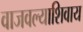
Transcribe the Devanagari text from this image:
वाजवल्याशिवाय